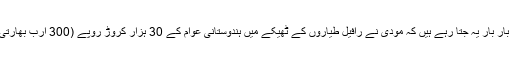
کتنی عجیب بات ہے کہ راہول گاندھی اپنی انتخابی مہم میں بار بار یہ جتا رہے ہیں کہ مودی نے رافیل طیاروں کے ٹھیکے میں ہندوستانی عوام کے 30 ہزار کروڑ روپے (300 ارب بھارتی روپے) اپنے دوست انیل امبانی کی ’’جیب میں‘‘ ڈال دیئے۔